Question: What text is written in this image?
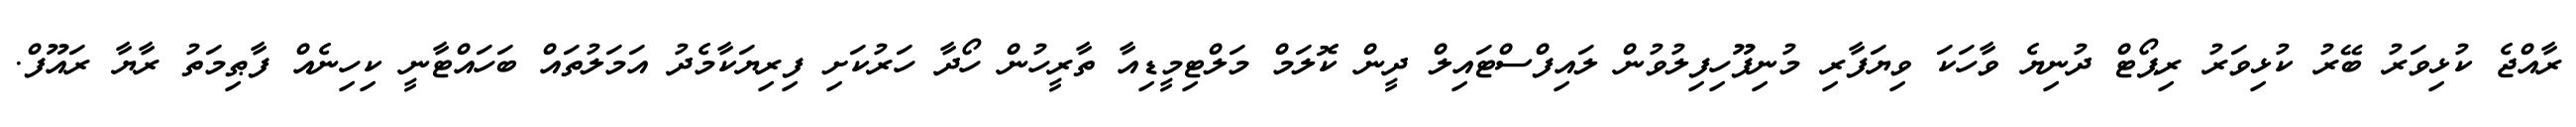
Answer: ރާއްޖެ ކުޅިވަރު ބޭރު ކުޅިވަރު ރިޕޯޓް ދުނިޔެ ވާހަކަ ވިޔަފާރި މުނިފޫހިފިލުވުން ލައިފްސްޓައިލް ދީން ކޮލަމް މަލްޓިމީޑިއާ ތާރީހުން ހޯދާ ހަރުކަށި ފިރިޔަކާމެދު އަމަލުތައް ބަހައްޓާނީ ކިހިނެއް ފާޠިމަތު ރާޔާ ރައޫފް.